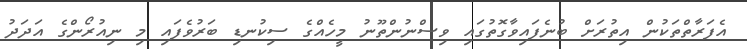
އެފަރާތްތަކުން އިތުރަށް ބުނެފައިވާގޮތުގައި ވިސްނުންތޫނު މީހެއްގެ ސިކުނޑި ބަރުވެފައި މި ނިއުރޯންގެ އަދަދު